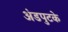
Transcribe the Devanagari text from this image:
अंडपुटके